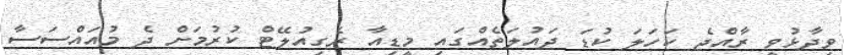
ވިދާޅުވީ ރާއްޖެ ކަހަލަ ކުޑަ ދައުލަތެއްގައި މީޑިއާ ރެގިއުލޭޓް ކުރުމަށް ދެ މުއައްސަސާ